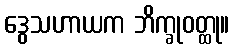
ဒွေသဟာယက ဘိက္ခုဝတ္ထု။